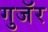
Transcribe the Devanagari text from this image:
गुजॅर